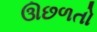
ઊછળતો